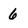
Character: 6